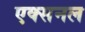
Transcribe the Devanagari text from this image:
एक्सनल